Memorandum on the prevention of leprosy by segregation of the affected
Disease focus: Leprosy
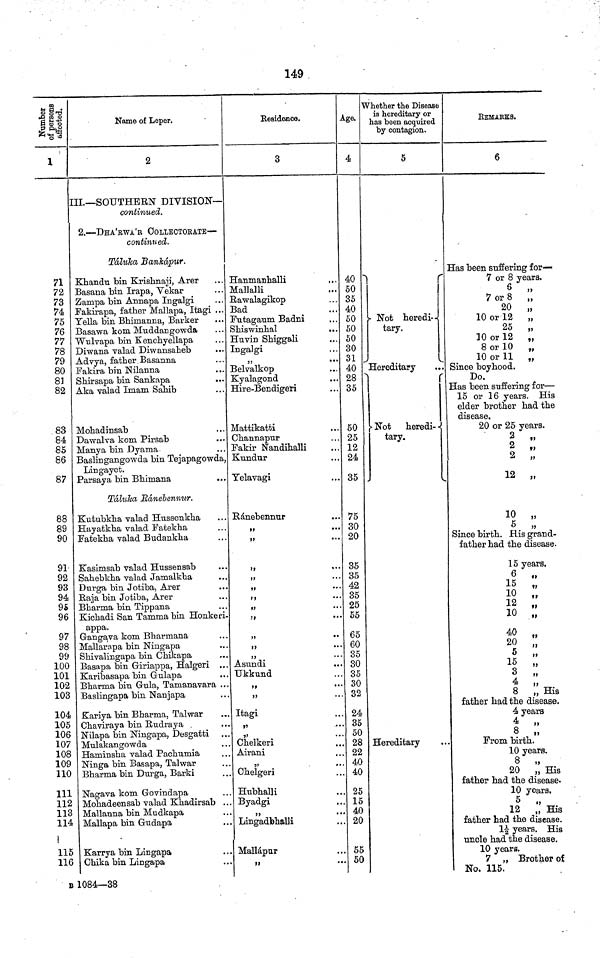
149
CD
•S m s»
ta 53 o
71
72
73
74
75
76
77
78
79
80
81
82
.83
84
85
86
87
88
89
90
91
92
93
94
95
96
97
98
99
100
101
102
103
104
105
106
107
108
109
110
111
112
113
114
115
116
Name of Leper.
2
II.—SOUTHERN DIVISION—
continued.
2.—DHA'EWA'R Ö0LLECT0KATB—
continued.
Táluha Bankwpur.
Khandu bin Krishnaji, Arer
Basana bin Irapa, Vekar
Zampa bin Annapa Ingalgi
Fakirapa, father Mallapa, Itagi ...
Yella bin Bhiinanna, Barker
Basawa kom Muddangowda
Wulvapa bin Kenchyellapa
Diwana valad Diwansaheb
•••
Advya, father.Basanna
Fakira bin Nilanna
Shir sapa bin Sankapa
Aka valad Imam Sahib
Mohadinsab
Dawalva kom Pirsab
.»•
Manya bin Dyama
Baslingangowda bin Tejapagowda,
Lingayet.
Parsaya bin Bhimana
Táluíca Bánebenmir.
Kuttibkha valad Hussenkha
Hayatkha valad Fatekha
Fatekha valad Budankha
Kasimsab valad Hussensab
Sahebkha valad Jamalkha
Durga bin Jotiba, Arer
Raja bin Jotiba, Arer
Bharma bin Tippana
Kichadi San Tamma bin Honkeri.
appa.
Gangava kom Bharmana
Mallarapa bin Ningapa
Shivalingapa bin Chikapa
Basapa bin Giriappa, Halgeri ...
Karibasapa bin Gulapa
Bharma bin Gula, Taraanavara ..
Baslingapa bin Nanjapa
Kariya bin B harina, Tal war
Chaviraya bin Rudraya
Nilapa bin Ningapa, Desgatti
Mulakangowda
Haminsha valad Pachumia
Ninga bin Basapa, Talwar
Bharma bin Diirga, Barki
Nagava kom Govindapa
Mohadeensab valad Khadirsab ..
Mallanna bin Mudkapa
Mallapa bin Gudapa
Karrya bin Lingapa
Ohika bin Lingapa
KeBidenco.
3
Hanmanhalli
Malla! H
Rawalagikop
Bad
Futagaiim Badni
Shiswinhal
..
Huvin Shiggali
Ingalgi
Belvalkop
Kyalagond
Hire-Bendigeri
Mattikatti
Ghannapnr
Fakir Nandihalli
Kundur
Telavagi
E-ánebenmir
»>
••
>t
••
»>
»
••
»>
•«
t>
))
••
M
• *
»>
••
}>
••
Asundi
TJkkund
j)
••
Itagi
. Chelkeri
. Airani
'
ANT
"
"
. Onelgeri
. Hubhalli
. Byadgi
>>
>•
. Lingadfehalli
. Mallápnr
Age.
4
40
50
. 35
. 40
50
. 50
50
30
. 31
40
. 28
35
. 50
. 25
. 12
24
. 35
. 75
. 30
20
35
35
. 42
. 35
. 25
. 55
65
. 60
. 35
. 30
. 35
. 30
. 32
. 24
. 35
. 50
. 28
. 22
. 40
. 40
. 25
. 15
, 40
. 20
. 55
. 50
Whether the Disease
is hereditary or
has been acquired
by contagion.
5
' Not heredi-
tary.
Hereditary
i
r
• Not heredi- •
tary.
L
Hereditary
KEMAEKS.
6
Has been suffering for—
7 or 8 years.
6
»
7 or 8 „
20 „
10 or 12 „
25 „
10 or 12 „
8 or 10 „
10 or 11 „
Since boyhood.
Do.
Has been suffering for—
15 or 16 years. His
elder brother had the
disease.
20 or 25 years.
2 ••
2 »>
2 ;;
12 „
10 „
5 ;;
Since birth. His grand-
father had the disease.
15 years.
15 „
10
,
12 „
10 „
40
so ;;
s ,:
3 „
4 „
8 „ His
father had the disease.
4 years
4 »
8 „
From birth.
10 years.
8 y „
20 „ His
father had the disease.
10 years.
5 .,
12 „ His
father had the disease.
1^ years. His
uncle had the disease.
10 years.
7 „ Brother of
No. 115.
B 1084—38